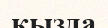
кызда